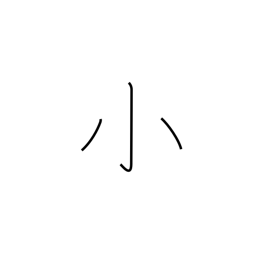
Meaning: little